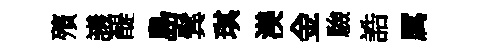
殯議醍島鬂琪渼金驗誥厲